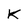
Character: K